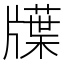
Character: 𤗽